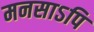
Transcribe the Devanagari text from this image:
मनसाऽपि